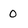
Character: 0